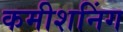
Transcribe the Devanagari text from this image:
कमीशनिंग